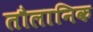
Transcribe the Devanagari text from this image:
तौलानिक